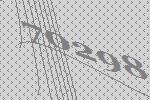
70298